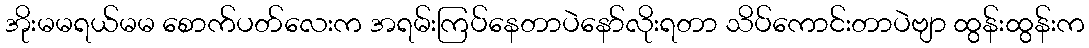
အိုးမမရယ်မမ စောက်ပတ်လေးက အရမ်းကြပ်နေတာပဲနော်လိုးရတာ သိပ်ကောင်းတာပဲဗျာ ထွန်းထွန်းက